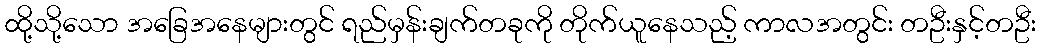
ထို့သို့သော အခြေအနေများတွင် ရည်မှန်းချက်တခုကို တိုက်ယူနေသည့် ကာလအတွင်း တဦးနှင့်တဦး